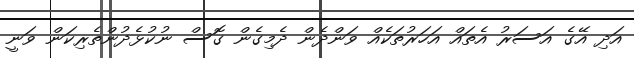
އަދި އޭގެ އަސަރު އެތައް އަހަރުތަކެއް ވަންދެން ދެމިގެން ގޮސް ނުކުޅެދުންތެރިކަން ވަނީ